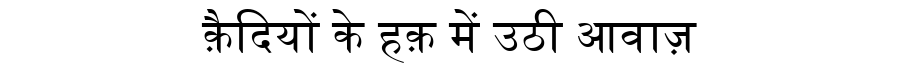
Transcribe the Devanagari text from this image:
क़ैदियों के हक़ में उठी आवाज़